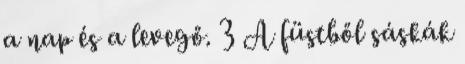
a nap és a levegő. 3 A füstből sáskák